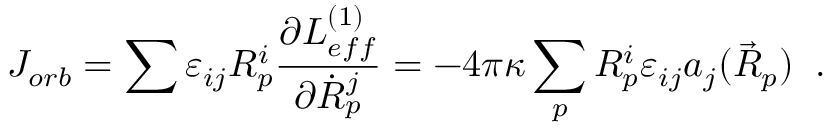
J _ { o r b } = \sum \varepsilon _ { i j } R _ { p } ^ { i } \frac { \partial L _ { e f f } ^ { ( 1 ) } } { \partial \dot { R } _ { p } ^ { j } } = - 4 \pi \kappa \sum _ { p } R _ { p } ^ { i } \varepsilon _ { i j } a _ { j } ( \vec { R } _ { p } ) \; \; .